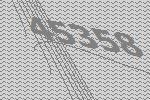
45358